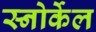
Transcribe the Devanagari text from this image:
स्नोर्केल